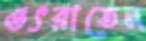
ওৎরাতেন